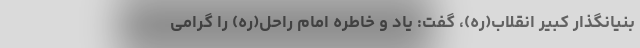
بنیانگذار کبیر انقلاب(ره)، گفت: یاد و خاطره امام راحل(ره) را گرامی